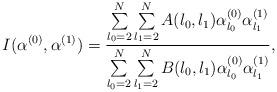
LaTeX: \begin{align*}I(\alpha^{(0)},\alpha^{(1)})=\dfrac{\sum\limits_{l_0=2}^N\sum\limits_{l_1=2}^NA(l_0,l_1)\alpha_{l_0}^{(0)}\alpha_{l_1}^{(1)}}{\sum\limits_{l_0=2}^N\sum\limits_{l_1=2}^NB(l_0,l_1)\alpha_{l_0}^{(0)}\alpha_{l_1}^{(1)}},\end{align*}